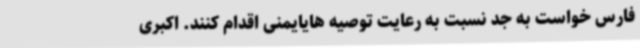
فارس خواست به جد نسبت به رعایت توصیه‌ هایایمنی اقدام کنند. اکبری